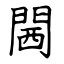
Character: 閪